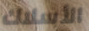
الأسلاك